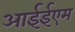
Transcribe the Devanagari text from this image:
आईईएम